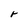
Character: r